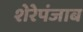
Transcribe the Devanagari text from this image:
शेरेपंजाब